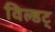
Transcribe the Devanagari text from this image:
विल्डट्